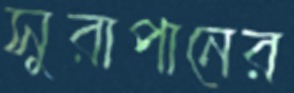
সুরাপানের